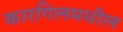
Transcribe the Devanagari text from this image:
कारगिलमधील